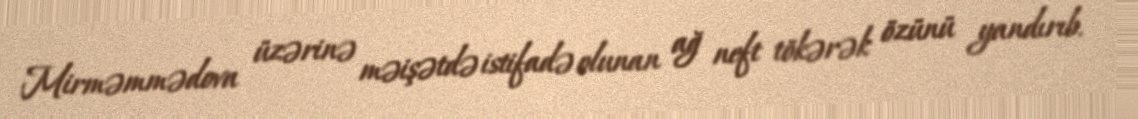
Mirməmmədova üzərinə məişətdə istifadə olunan ağ neft tökərək özünü yandırıb.